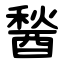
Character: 醔